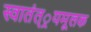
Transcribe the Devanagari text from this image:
स्वातंत््रयमूलक